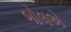
બોલએ